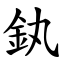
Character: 釻